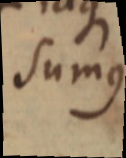
Sumus